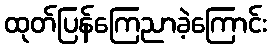
ထုတ်ပြန်ကြေညာခဲ့ကြောင်း